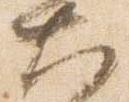
大